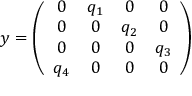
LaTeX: y = \left( \begin{array} { c c c c } { { 0 } } & { { q _ { 1 } } } & { { 0 } } & { { 0 } } \\ { { 0 } } & { { 0 } } & { { q _ { 2 } } } & { { 0 } } \\ { { 0 } } & { { 0 } } & { { 0 } } & { { q _ { 3 } } } \\ { { q _ { 4 } } } & { { 0 } } & { { 0 } } & { { 0 } } \end{array} \right)